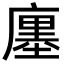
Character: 廛